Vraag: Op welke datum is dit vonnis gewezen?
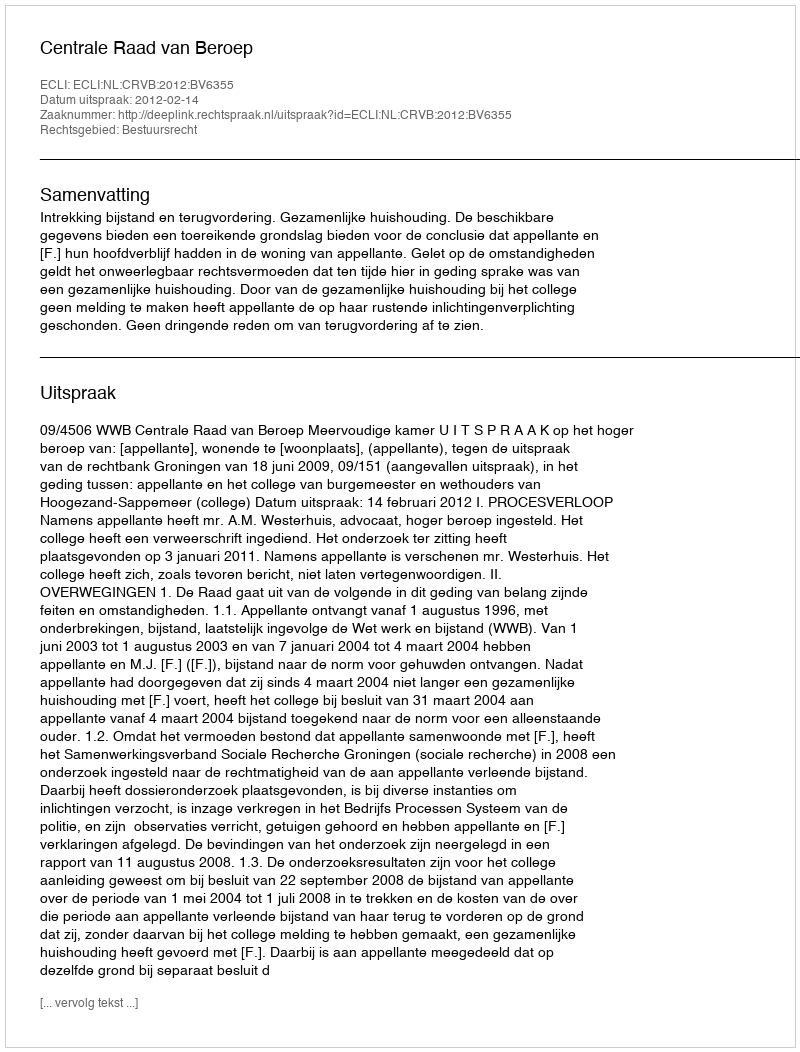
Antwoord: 2012-02-14